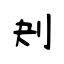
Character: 刔